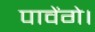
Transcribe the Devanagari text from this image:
पावेंगे।